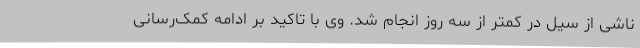
ناشی از سیل در کمتر از سه روز انجام شد. وی با تاکید بر ادامه کمک‌رسانی